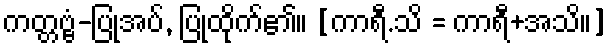
ကတ္တဗ္ဗံ-ပြုအပ်, ပြုထိုက်၏။ [ကာရီ.သိ = ကာရီ+အသိ။]